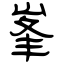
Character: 峯